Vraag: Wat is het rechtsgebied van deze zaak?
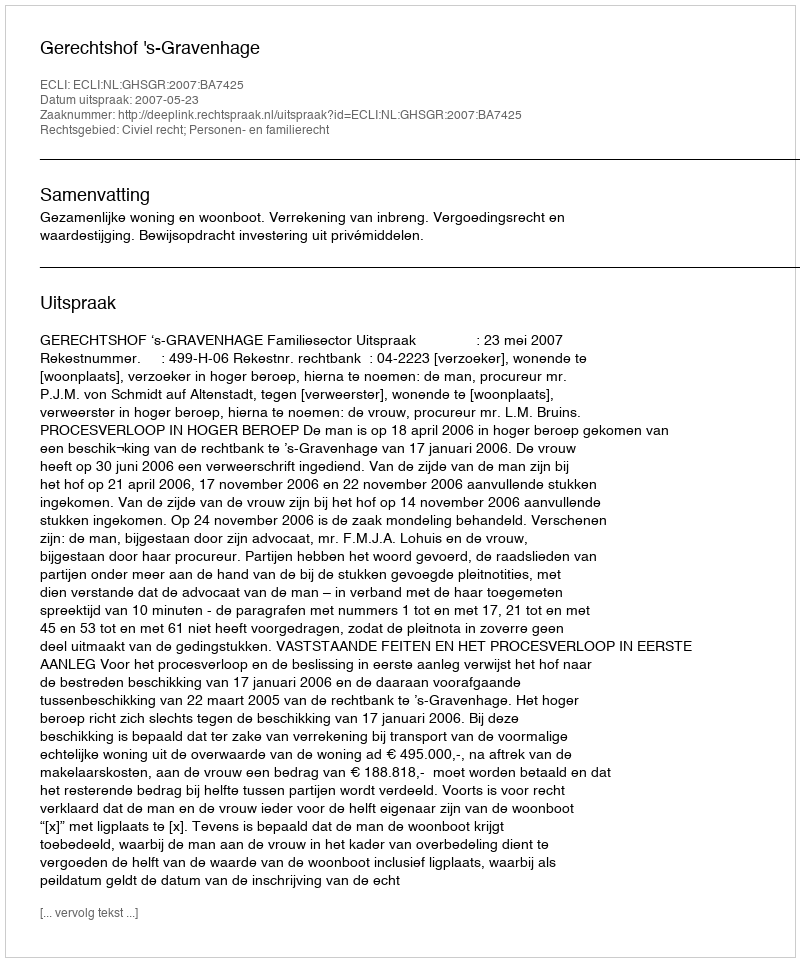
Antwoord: Civiel recht; Personen- en familierecht